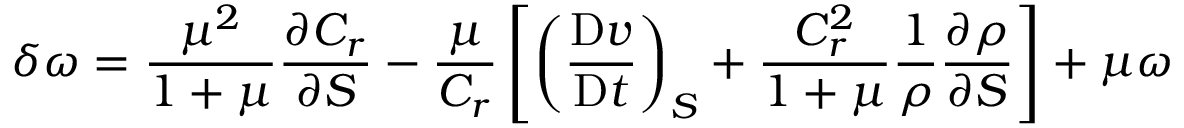
\delta \omega = \frac { \mu ^ { 2 } } { 1 + \mu } \frac { \partial C _ { r } } { \partial S } - \frac { \mu } { C _ { r } } \left[ \left( \frac { \mathrm { D } \boldsymbol { v } } { \mathrm { D } t } \right) _ { S } + \frac { C _ { r } ^ { 2 } } { 1 + \mu } \frac { 1 } { \rho } \frac { \partial \rho } { \partial S } \right] + \mu \boldsymbol { \omega }